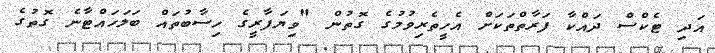
އަދި ޓެކްސް ދައްކާ ފަރާތްތަކަށް އެހީތެރިވުމުގެ ގޮތުން "ވިޔަފާރީގެ ހިސާބުތައް ބަލަހައްޓާނެ ގޮތުގެ